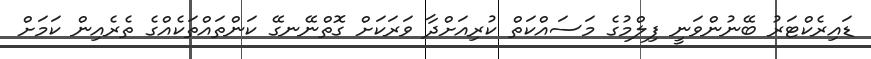
ޑައިރެކްޓަރު ބޭނުންވަނީ ފިލްމުގެ މަސައްކަތް ކުރިއަށްދާ ވަރަކަށް ގޮތްނޭނގޭ ކަންތައްތަކެއްގެ ތެރެއިން ކަމަށް